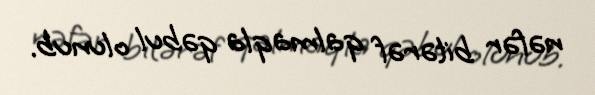
nəfər bitərəf qalmaqla qəbul olunub.